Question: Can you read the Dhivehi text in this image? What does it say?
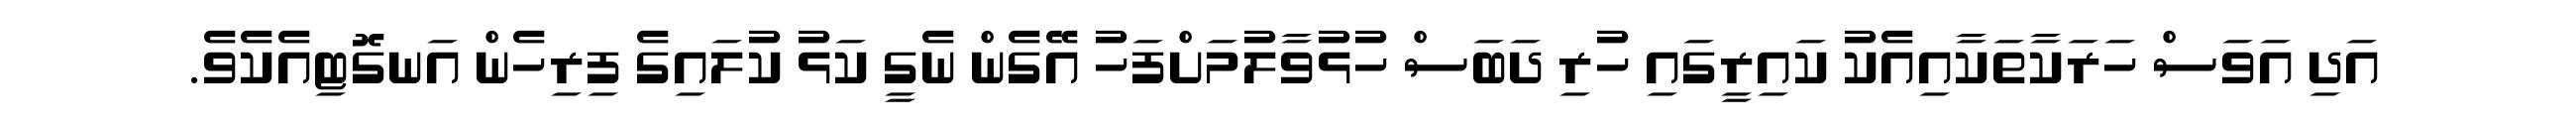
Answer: އަދި އަވަސް ހަރަކާތަކާއިއެކު ކައިރީގައި ހުރި ދަބަސް ހުޅުވާލުމަށްފަހު އޭގެން ނެގީ ކަޅު ކުލައިގެ ފިރިހެން އަނގޮޓިއެކެވެ.